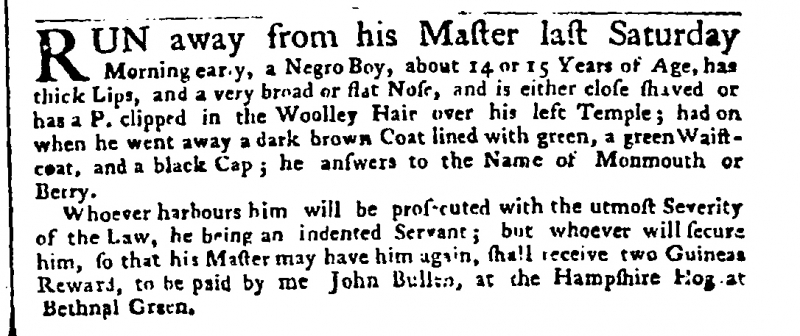
Public Advertiser, 7 March 1758 (England)
RUN away from his Master last Saturday Morning early, a Negro Boy, about 14 or 15 Years of Age, has thick Lips, and a very broad or flat Nose, and is either close shaved or has a P. clipped in the Woolley Hair over his left Temple; had on when he went away a dark brown Coat lined with green, a green Waistcoat, and a black Cap; he answers to the Name of Monmouth or Berry.  Whoever harbours him will be prosecuted with the utmost Severity of the Law, he being an indented Servant; but whoever will secure him, so that his Master may have him again, shall receive two Guineas Reward, to be paid by me John Bullen, at the Hampshire Hog at Bethnal Green.